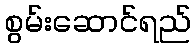
စွမ်းဆောင်ရည်